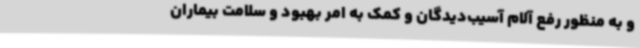
و به منظور رفع آلام آسیب‌دیدگان و کمک به امر بهبود و سلامت بیماران